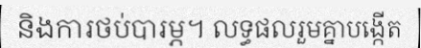
និងការថប់បារម្ភ។ លទ្ធផលរួមគ្នាបង្កើត